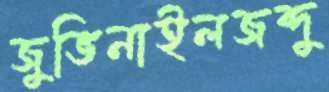
জুভিনাইলজব্দু